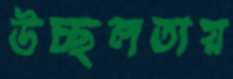
উচ্ছলতায়